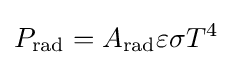
P_{\rm {rad}}=A_{\rm {rad}}\varepsilon \sigma T^{4}